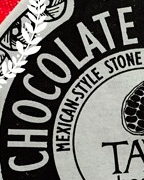
CHOCOLATE